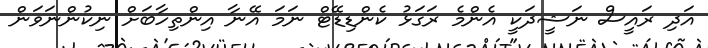
އަދި ރައީސް ނަޝީދަކީ އެންމެ ރަގަޅު ކެންޑިޑޭޓް ނަމަ އޭނާ އިންތިހާބަށް ނިކުންނަވަން